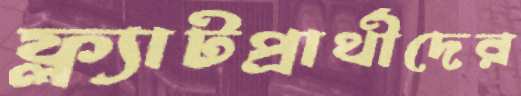
ফ্ল্যাটপ্রার্থীদের